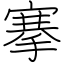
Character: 搴